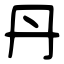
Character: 丹